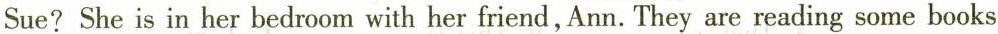
Sue?She is in her bedroom with her friend,Ann.They are reading some books